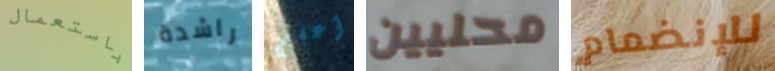
باستعمال راشدة أعلم محليين للإنضمام